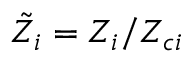
\tilde { Z } _ { i } = Z _ { i } / Z _ { c i }